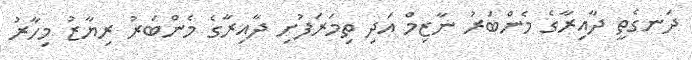
ދަނގެތީ ދާއިރާގެ މެންބަރު ނާޒިމް އަދި ތިމަރަފުށި ދާއިރާގެ މެންބަރު ރިޔާޒު މިހާރު